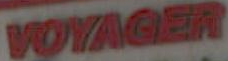
VOYAGER